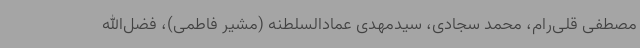
مصطفی قلی‌رام، محمد سجادی، سیدمهدی عمادالسلطنه (مشیر فاطمی)، فضل‌الله